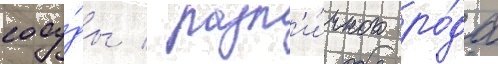
сосу́ды / разл'и́чного ро́да